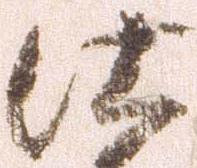
仕